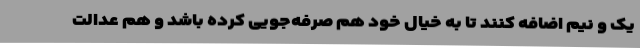
یک و نیم اضافه کنند تا به خیال خود هم صرفه‌جویی کرده باشد و هم عدالت